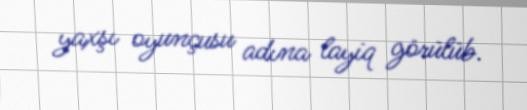
yaxşı oyunçusu adına layiq görülüb.